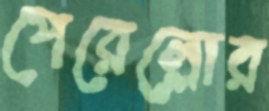
পেরেল্লোর